Indian Medical Review
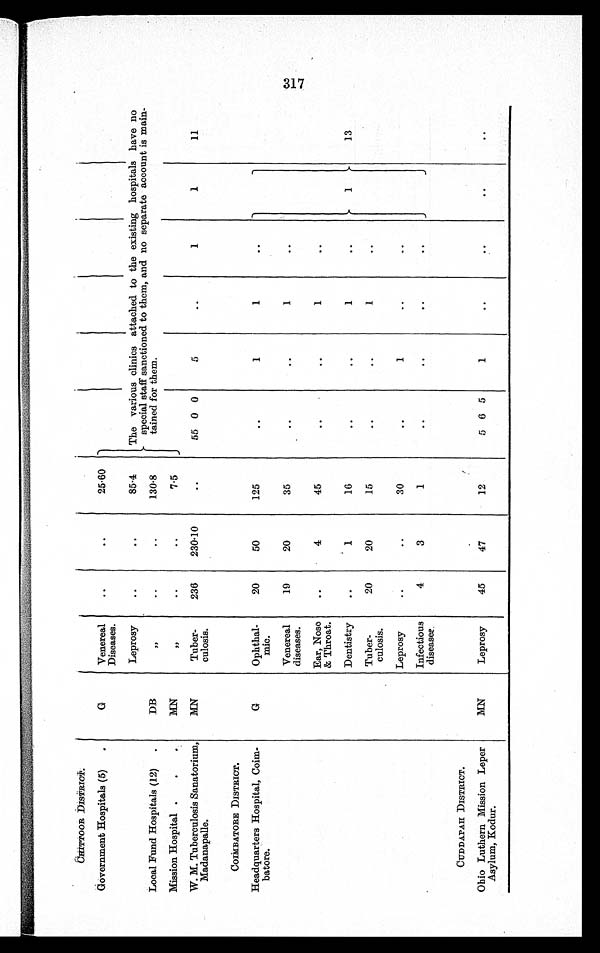
CHITTOOR DISTRICT.
Government Hospitals (5)
G
Venereal
Diseases.
..
. .
25·60
Leprosy
..
..
85·4
The various clinics attached to the existing hospitals have no
special s taff sanctionedto them, and no separate account is main-
tained for them.
Local Fund Hospitals (12)
DB
, ,
..
..
130·8
Mission Hospital
MN
, ,
..
..
7·5
W. M. Tuberculosis Sanatorium,
Madanapalle.
MN
Tuber
culosis.
236
230·10
..
55 0 0
5
..
1
1
11
COIMBATORE DISTRICT.
Headquarters Hospital, Cohn-
batore.
G
Ophthal
mic.
20
50
125
..
1
1
..
Venereal
diseases.
19
20
35
..
..
1
..
Ear, Nose
& Throat.
..
4
45
..
..
1
..
Dentistry
..
1
16
..
. .
1
..
1
13
Tuber
culosis.
20
20
15
..
. .
1
..
Leprosy
..
..
30
..
1
..
..
Infectious
diseases
4
3
1
..
. .
..
. .
CUDDAPAH DISTRICT.
Ohio Luthern Mission Leper
Asylum, Kodur.
MN
Leprosy
45
47
12
5 6 5
1
..
..
. .
..
317